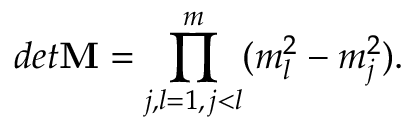
d e t \mathbf { M } = \prod _ { \substack { j , l = 1 , \, j < l } } ^ { m } ( m _ { l } ^ { 2 } - m _ { j } ^ { 2 } ) .